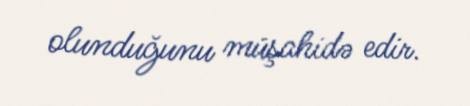
olunduğunu müşahidə edir.